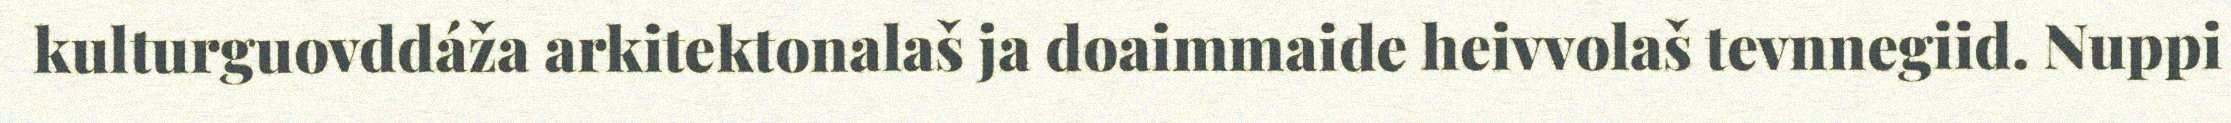
kulturguovddáža arkitektonalaš ja doaimmaide heivvolaš tevnnegiid. Nuppi